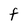
Character: F